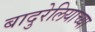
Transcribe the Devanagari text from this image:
बादुरेलियाच्या